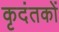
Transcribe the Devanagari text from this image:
कृदंतकों